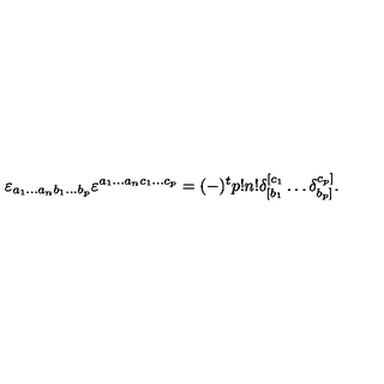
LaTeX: \varepsilon _ { a _ { 1 } \ldots a _ { n } b _ { 1 } \ldots b _ { p } } \varepsilon ^ { a _ { 1 } \ldots a _ { n } c _ { 1 } \ldots c _ { p } } = ( - ) ^ { t } p ! n ! \delta _ { [ b _ { 1 } } ^ { [ c _ { 1 } } \ldots \delta _ { b _ { p } ] } ^ { c _ { p } ] } .